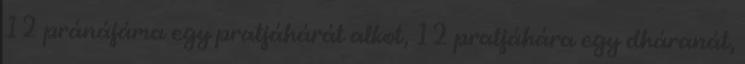
12 pránájáma egy pratjáhárát alkot, 12 pratjáhára egy dháranát,